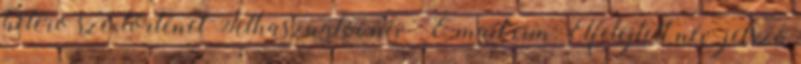
hetero szextörténet Felhasználói név E-mail cím: Elfelejtett név jelszó